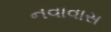
નવાવાસ